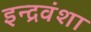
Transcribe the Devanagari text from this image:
इन्द्रवंशा